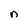
Character: n